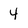
Character: 4